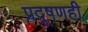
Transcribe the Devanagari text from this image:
प्रदूषणही